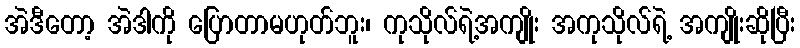
အဲဒီတော့ အဲဒါကို ပြောတာမဟုတ်ဘူး၊ ကုသိုလ်ရဲ့အကျိုး အကုသိုလ်ရဲ့ အကျိုးဆိုပြီး